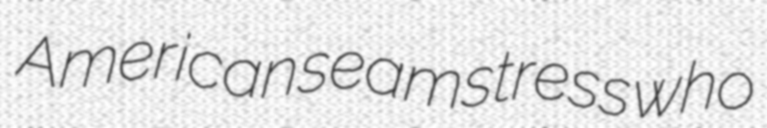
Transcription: American seamstress who